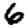
Digit: 6